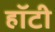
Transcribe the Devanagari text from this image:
हॉटी